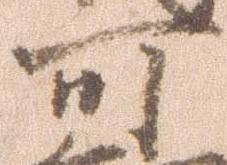
可